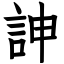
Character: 訷